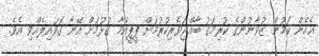
އެހެން ކަމުން ޒުވާނުންގެ ކުރިމަގު ބާއްޖަވެރިކުރުމަށް ޕީޕީއެމާ ގުޅުމަށް އޭނާ ގޮވައިލެއްވި އެވެ.